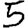
Digit: 5